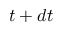
t + d t